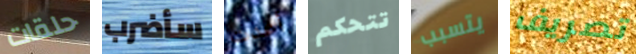
حلقات سأضرب أعدت تتحكم يتسبب تصريف